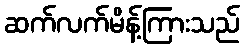
ဆက်လက်မိန့်ကြားသည်